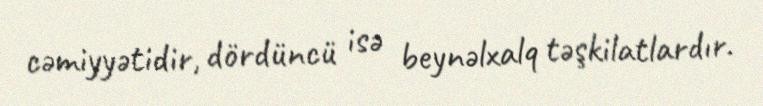
cəmiyyətidir, dördüncü isə beynəlxalq təşkilatlardır.